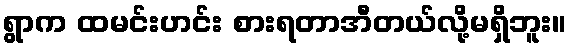
ရွာက ထမင်းဟင်း စားရတာအီတယ်လို့မရှိဘူး။